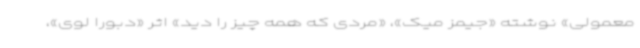
معمولی» نوشته «جیمز میک»، «مردی که همه چیز را دید» اثر «دبورا لوی»،